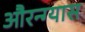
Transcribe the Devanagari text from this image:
औरन्ग्यास